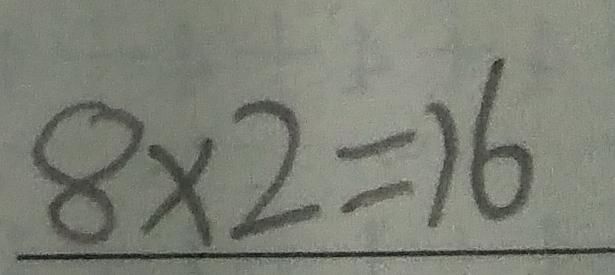
8 \times 2 = 1 6